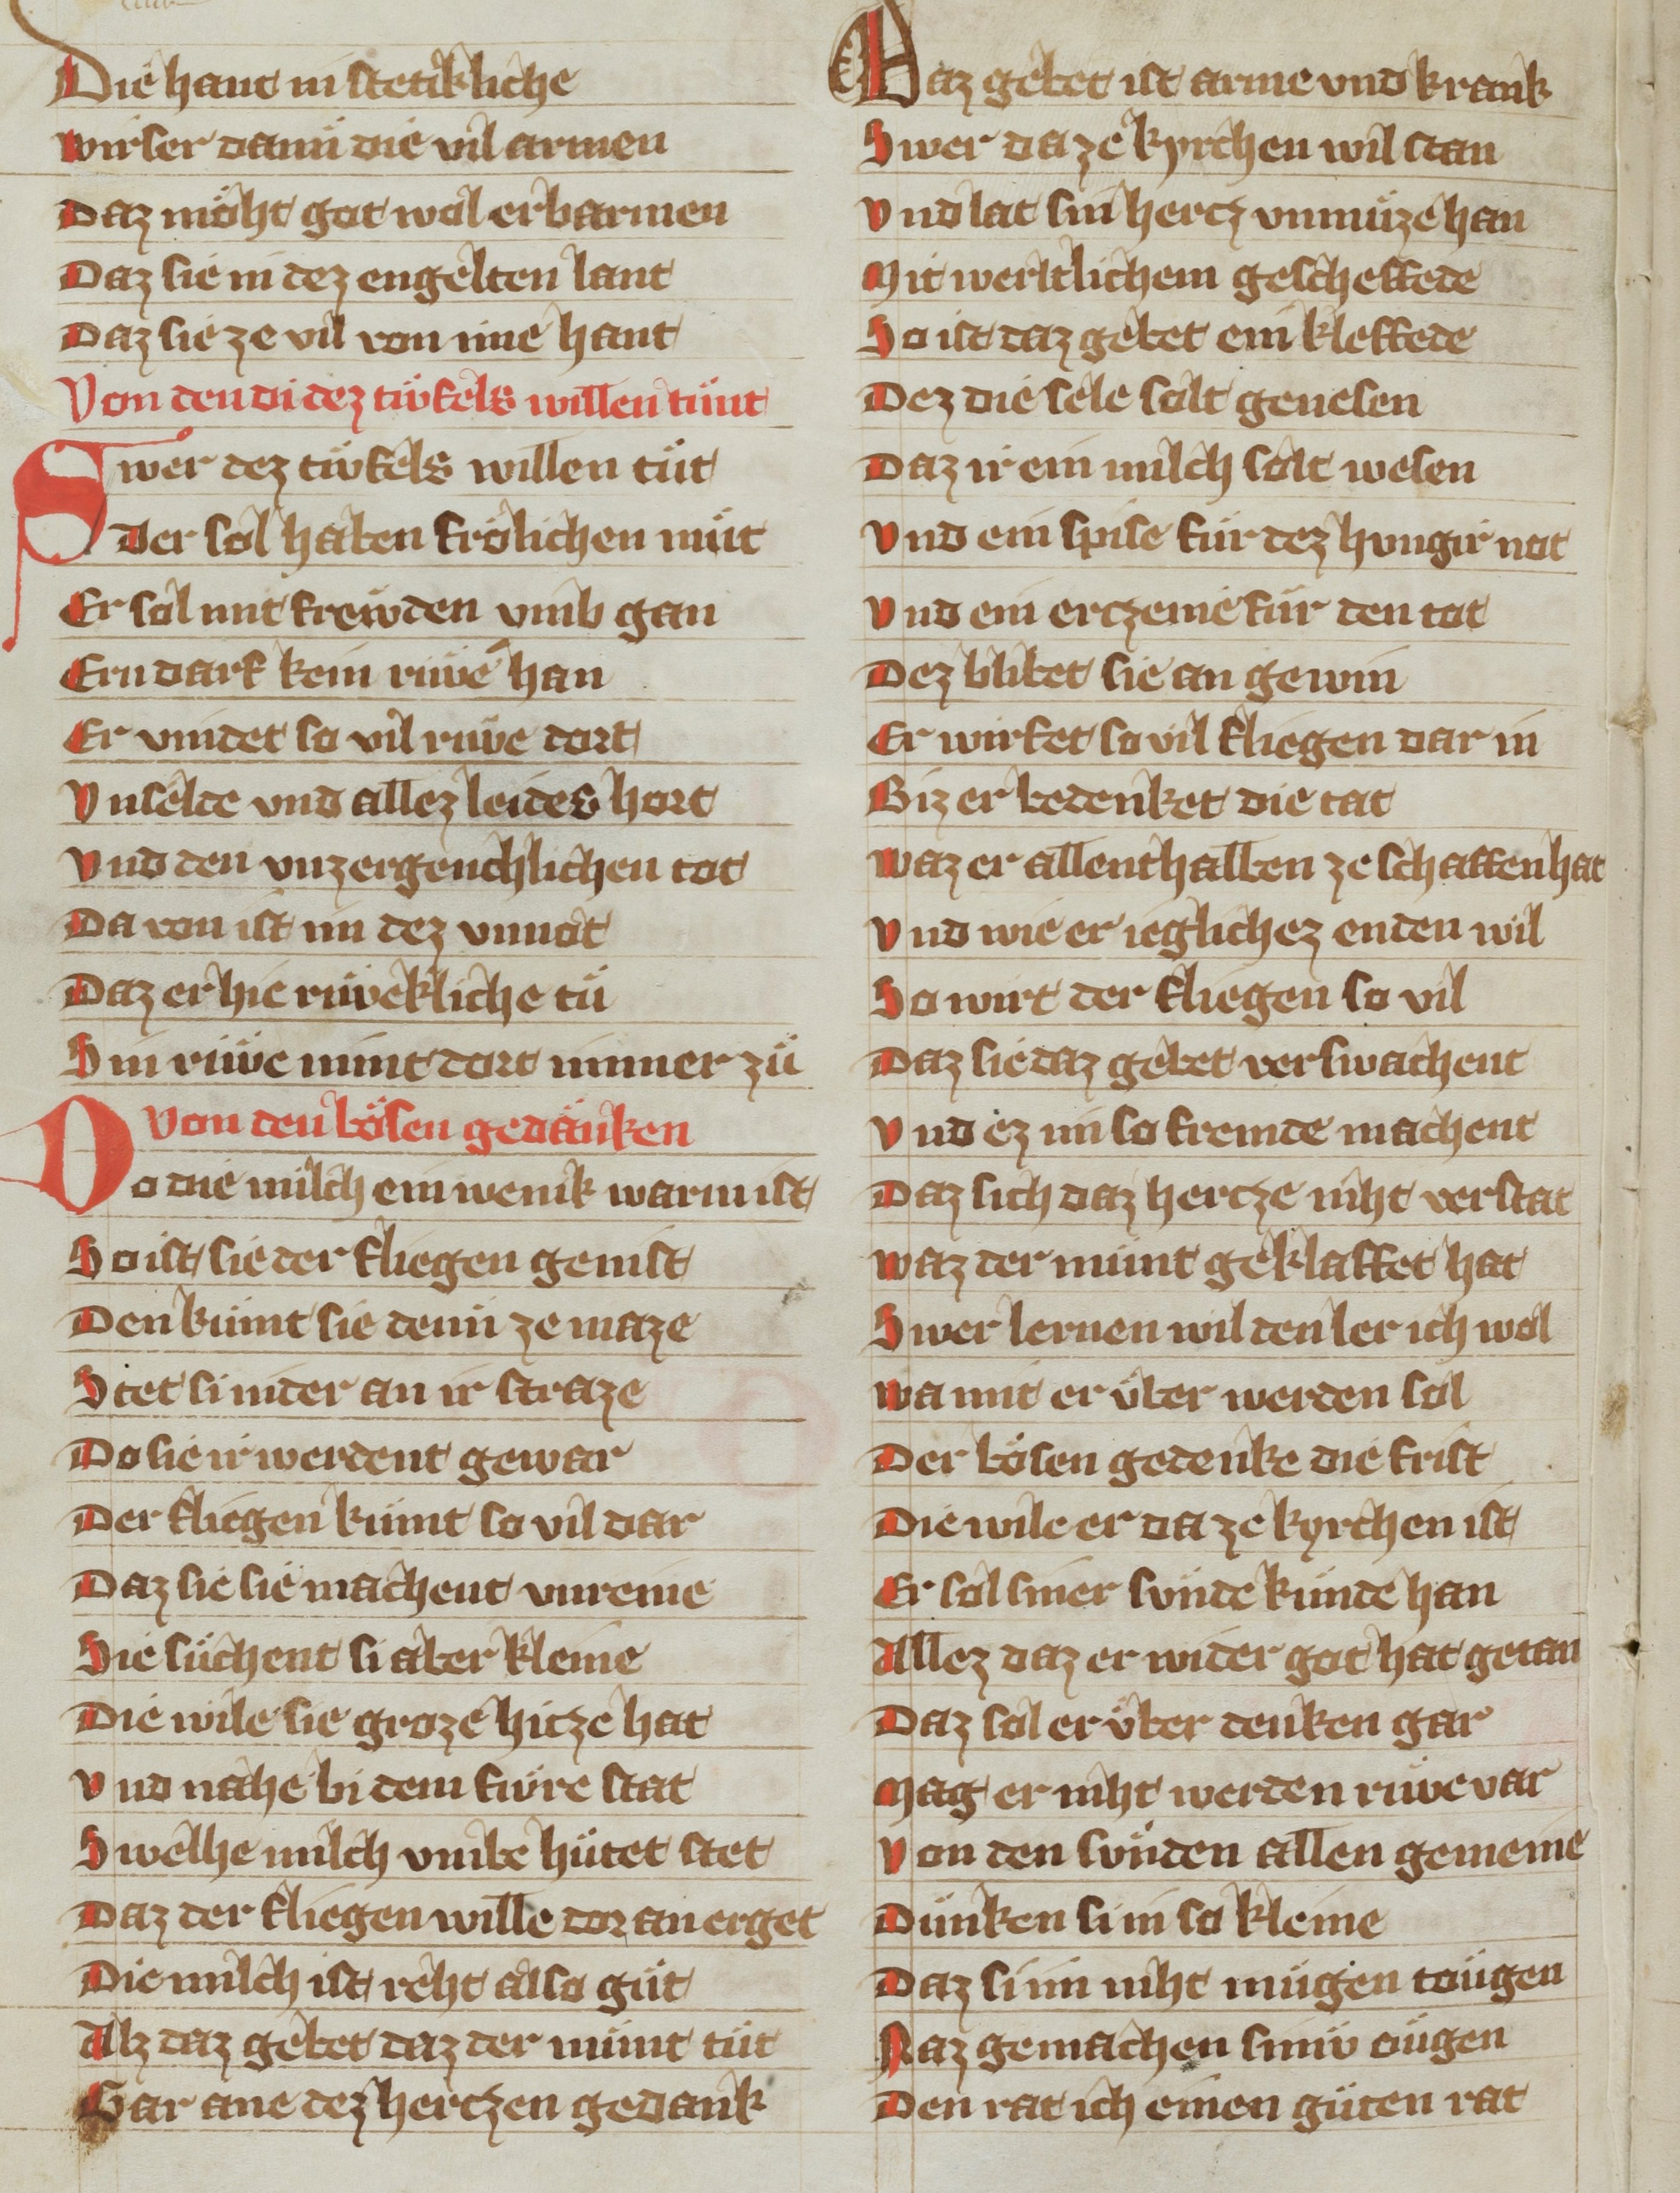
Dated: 1340–1359